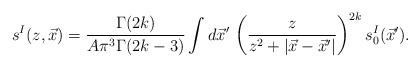
LaTeX: \begin{align*}s^I(z,\vec{x})= \frac{\Gamma(2k)}{A \pi^3 \Gamma(2k-3)}\int d\vec{x}^\prime \, \left( \frac{z}{z^2+|\vec{x}-\vec{x}^\prime|} \right)^{2k} s^I_0(\vec{x}^\prime). \end{align*}